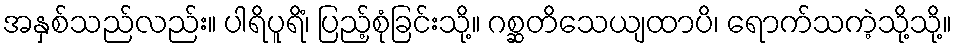
အနှစ်သည်လည်း။ ပါရိပူရိံ၊ ပြည့်စုံခြင်းသို့။ ဂစ္ဆတိသေယျထာပိ၊ ရောက်သကဲ့သို့သို့။